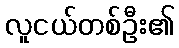
လူငယ်တစ်ဦး၏